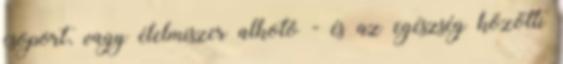
csoport, vagy élelmiszer alkotó - és az egészség közötti